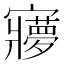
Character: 㝱